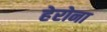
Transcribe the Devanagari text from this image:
हेरोना